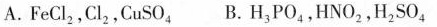
A.FeCl_{2},Cl_{2},CuSO_{4} B.H_{3} PO _{4},HNO_{2},H_{2}SO_{4}